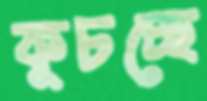
কুচচ্ছে